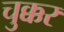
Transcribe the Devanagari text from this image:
चुक्कर